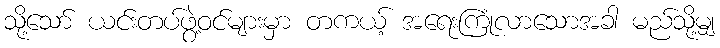
သို့သော် ယင်းတပ်ဖွဲ့ဝင်များမှာ တကယ့် အရေးကြုံလာသောအခါ မည်သို့မျှ